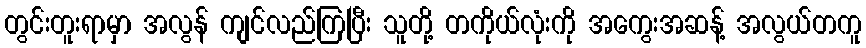
တွင်းတူးရာမှာ အလွန် ကျင်လည်ကြပြီး သူတို့ တကိုယ်လုံးကို အကွေးအဆန့် အလွယ်တကူ